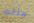
مللت